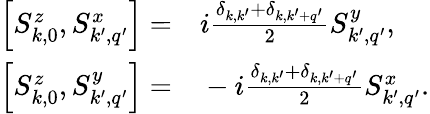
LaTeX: \begin{array}{rl}{\left[S_{k,0}^{z},S_{k^{\prime},q^{\prime}}^{x}\right]=}&{{}i\frac{\delta_{k,k^{\prime}}+\delta_{k,k^{\prime}+q^{\prime}}}{2}S_{k^{\prime},q^{\prime}}^{y},}\\ {\left[S_{k,0}^{z},S_{k^{\prime},q^{\prime}}^{y}\right]=}&{{}-i\frac{\delta_{k,k^{\prime}}+\delta_{k,k^{\prime}+q^{\prime}}}{2}S_{k^{\prime},q^{\prime}}^{x}.}\end{array}